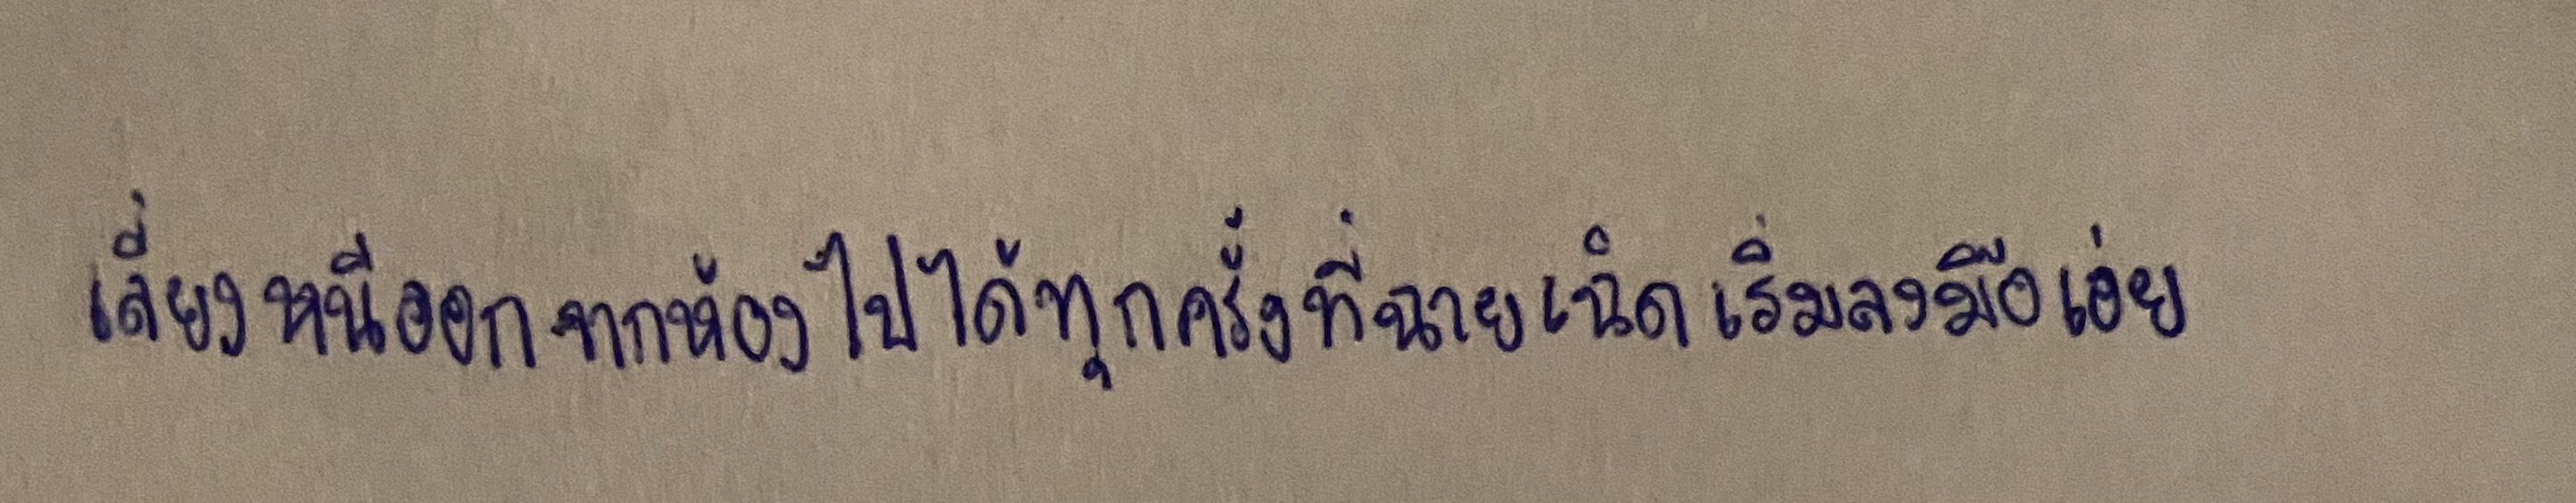
เลี่ยงหนีออกจากห้องไปได้ทุกครั้งที่ฉายเฉิดเริ่มลงมือเอ่ย